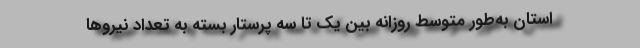
استان به‌طور متوسط روزانه بین یک تا سه پرستار بسته به تعداد نیروها